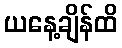
ယနေ့ချိန်ထိ